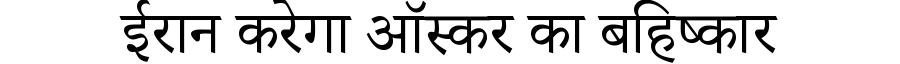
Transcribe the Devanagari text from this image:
ईरान करेगा ऑस्कर का बहिष्कार